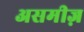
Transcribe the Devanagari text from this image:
असमीज़